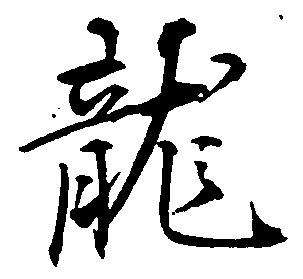
龍